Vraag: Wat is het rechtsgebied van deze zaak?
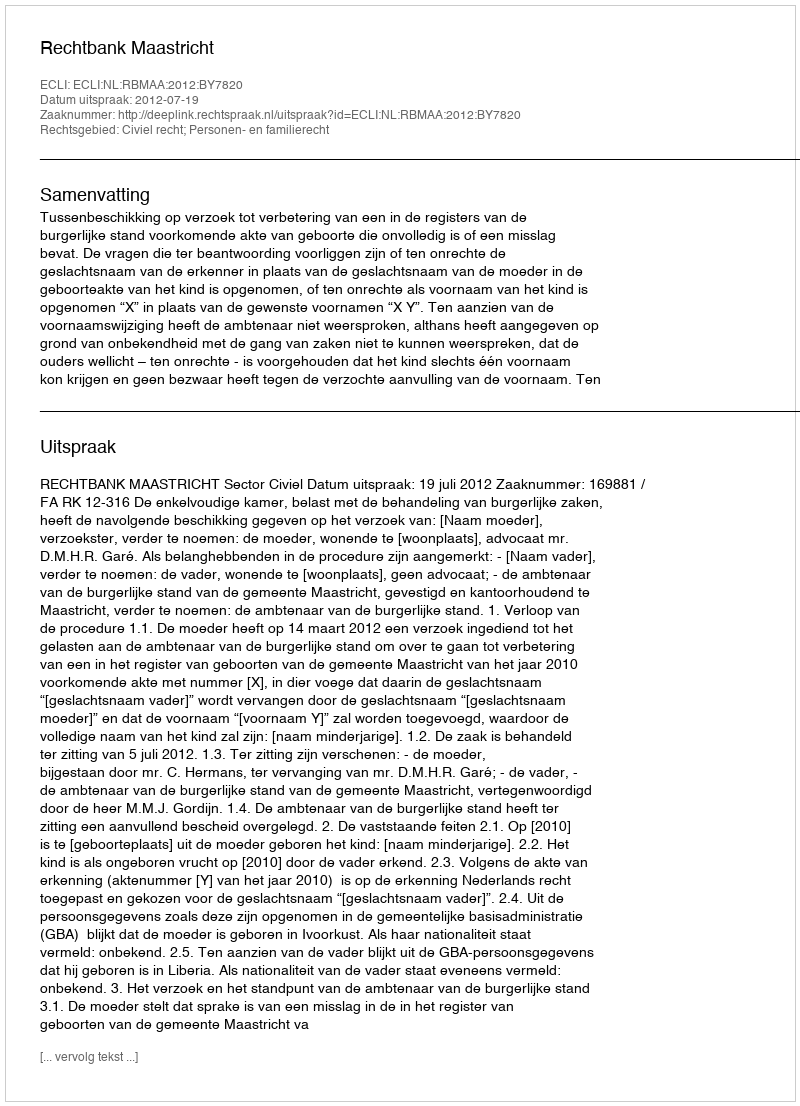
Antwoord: Civiel recht; Personen- en familierecht